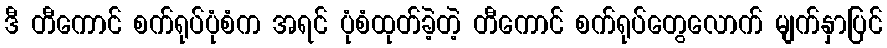
ဒီ တီကောင် စက်ရုပ်ပုံစံက အရင် ပုံစံထုတ်ခဲ့တဲ့ တီကောင် စက်ရုပ်တွေလောက် မျက်နှာပြင်